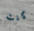
كنت